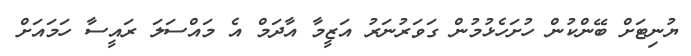
ޔުނިޓަށް ބޭންކުން ހުށަހެޅުމުން ގަވަރުނަރު އަޒީމާ އާދަމް އެ މައްސަލަ ރައީސާ ހަމައަށް